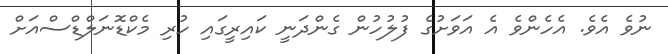
ނުވެ އެވެ. އެހެންވެ އެ އަވަށުގެ ފުލުހުން ގެންދަނީ ކައިރީގައި ހުރި މެކްޑޮނަލްޑްސްއަށް